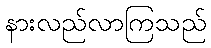
နားလည်လာကြသည်